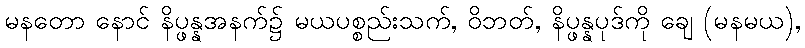
မနတော နောင် နိပ္ဖန္နအနက်၌ မယပစ္စည်းသက်, ဝိဘတ်, နိပ္ဖန္နပုဒ်ကို ချေ (မနမယ),